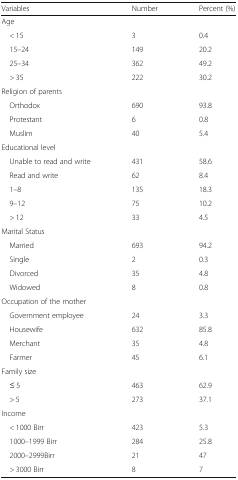
<table><thead><tr><td><b>Variables</b></td><td><b>Number</b></td><td><b>Percent (%)</b></td></tr></thead><tbody><tr><td colspan="3">Age</td></tr><tr><td> &lt; 15</td><td>3</td><td>0.4</td></tr><tr><td> 15–24</td><td>149</td><td>20.2</td></tr><tr><td> 25–34</td><td>362</td><td>49.2</td></tr><tr><td> &gt; 35</td><td>222</td><td>30.2</td></tr><tr><td colspan="3">Religion of parents</td></tr><tr><td> Orthodox</td><td>690</td><td>93.8</td></tr><tr><td> Protestant</td><td>6</td><td>0.8</td></tr><tr><td> Muslim</td><td>40</td><td>5.4</td></tr><tr><td colspan="3">Educational level</td></tr><tr><td> Unable to read and write</td><td>431</td><td>58.6</td></tr><tr><td> Read and write</td><td>62</td><td>8.4</td></tr><tr><td> 1–8</td><td>135</td><td>18.3</td></tr><tr><td> 9–12</td><td>75</td><td>10.2</td></tr><tr><td> &gt; 12</td><td>33</td><td>4.5</td></tr><tr><td colspan="3">Marital Status</td></tr><tr><td> Married</td><td>693</td><td>94.2</td></tr><tr><td> Single</td><td>2</td><td>0.3</td></tr><tr><td> Divorced</td><td>35</td><td>4.8</td></tr><tr><td> Widowed</td><td>8</td><td>0.8</td></tr><tr><td colspan="3">Occupation of the mother</td></tr><tr><td> Government employee</td><td>24</td><td>3.3</td></tr><tr><td> Housewife</td><td>632</td><td>85.8</td></tr><tr><td> Merchant</td><td>35</td><td>4.8</td></tr><tr><td> Farmer</td><td>45</td><td>6.1</td></tr><tr><td colspan="3">Family size</td></tr><tr><td> ≤ 5</td><td>463</td><td>62.9</td></tr><tr><td> &gt; 5</td><td>273</td><td>37.1</td></tr><tr><td colspan="3">Income</td></tr><tr><td> &lt; 1000 Birr</td><td>423</td><td>5.3</td></tr><tr><td> 1000–1999 Birr</td><td>284</td><td>25.8</td></tr><tr><td> 2000–2999Birr</td><td>21</td><td>47</td></tr><tr><td> &gt; 3000 Birr</td><td>8</td><td>7</td></tr></tbody></table>